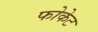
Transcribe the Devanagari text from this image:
फोकेट